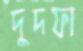
দুদফা